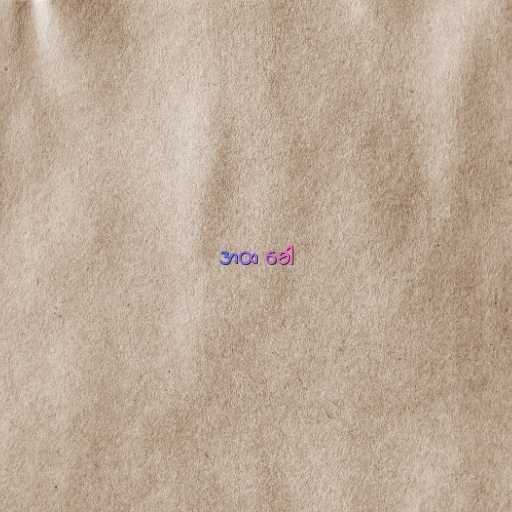
အထ ခေါ